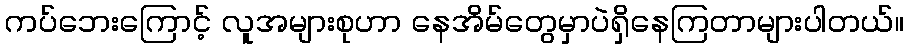
ကပ်ဘေးကြောင့် လူအများစုဟာ နေအိမ်တွေမှာပဲရှိနေကြတာများပါတယ်။